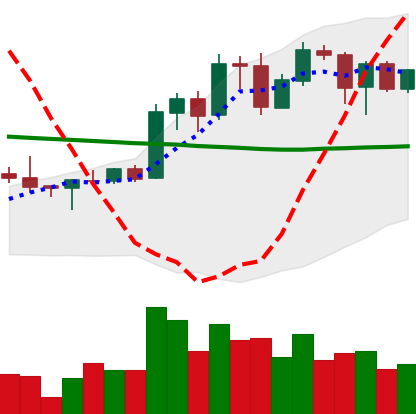
Ticker: ADA-USD
Chart end date: 2020-01-26
Forward return: 20.663%
Label: up_7plus